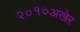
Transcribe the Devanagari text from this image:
२०१०अखेर